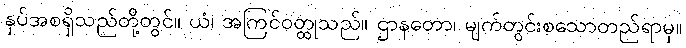
နှပ်အစရှိသည်တို့တွင်။ ယံ၊ အကြင်ဝတ္ထုသည်။ ဌာနတော၊ မျက်တွင်းစသောတည်ရာမှ။